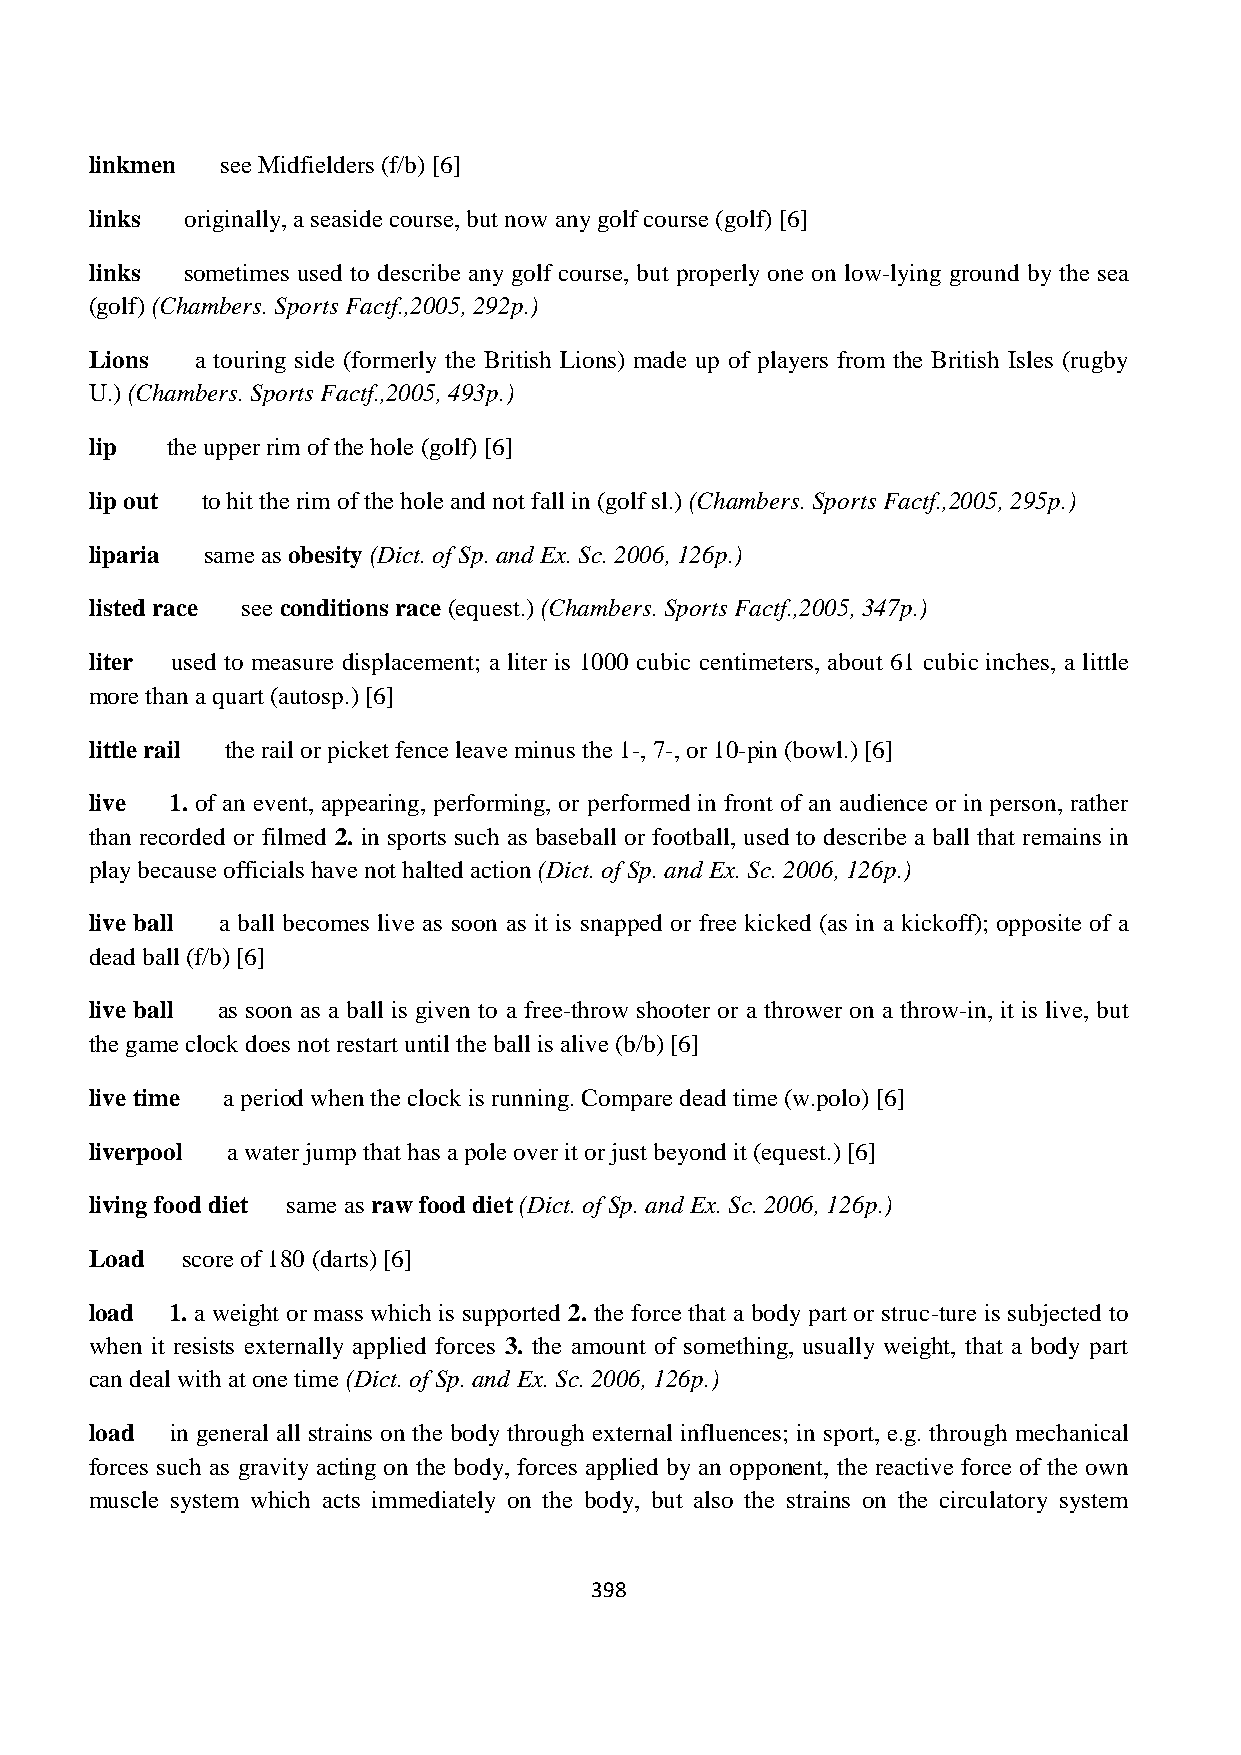
linkmen  see Midfielders (f/b) [6]
 links originally, a seaside course, but now any golf course (golf) [6]
 links sometimes used to describe any golf course, but properly one on low-lying ground by the sea
 (golf) (Chambers. Sports Factf.,2005, 292p.)
 Lions  a touring side (formerly the British Lions) made up of players from the British Isles (rugby
 U.) (Chambers. Sports Factf.,2005, 493p.)
 lip  the upper rim of the hole (golf) [6]
 lip out to hit the rim of the hole and not fall in (golf sl.) (Chambers. Sports Factf.,2005, 295p.)
 liparia same as obesity (Dict. of Sp. and Ex. Sc. 2006, 126p.)
 listed race see conditions race (equest.) (Chambers. Sports Factf.,2005, 347p.)
 liter used to measure displacement; a liter is 1000 cubic centimeters, about 61 cubic inches, a little
 more than a quart (autosp.) [6]
 little rail the rail or picket fence leave minus the 1-, 7-, or 10-pin (bowl.) [6]
 live 1. of an event, appearing, performing, or performed in front of an audience or in person, rather
 than recorded or filmed 2. in sports such as baseball or football, used to describe a ball that remains in
 play because officials have not halted action (Dict. of Sp. and Ex. Sc. 2006, 126p.)
 live ball a ball becomes live as soon as it is snapped or free kicked (as in a kickoff); opposite of a
 dead ball (f/b) [6]
 live ball as soon as a ball is given to a free-throw shooter or a thrower on a throw-in, it is live, but
 the game clock does not restart until the ball is alive (b/b) [6]
 live time a period when the clock is running. Compare dead time (w.polo) [6]
 liverpool a water jump that has a pole over it or just beyond it (equest.) [6]
 living food diet same as raw food diet (Dict. of Sp. and Ex. Sc. 2006, 126p.)
 Load  score of 180 (darts) [6]
 load 1. a weight or mass which is supported 2. the force that a body part or struc-ture is subjected to
 when it resists externally applied forces 3. the amount of something, usually weight, that a body part
 can deal with at one time (Dict. of Sp. and Ex. Sc. 2006, 126p.)
 load in general all strains on the body through external influences; in sport, e.g. through mechanical
 forces such as gravity acting on the body, forces applied by an opponent, the reactive force of the own
 muscle system which acts immediately on the body, but also the strains on the circulatory system
 398